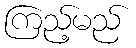
ကြည့်မည်